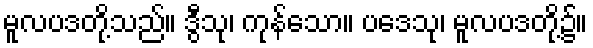
မူလပဒတို့သည်။ ဒွီသု၊ ကုန်သော။ ပဒေသု၊ မူလပဒတို့၌။